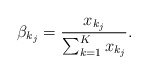
\begin{align*}\beta_{k_j} = \frac{x_{k_j}}{\sum_{k=1}^K x_{k_j}}. \end{align*}